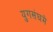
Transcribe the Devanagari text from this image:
युगसंघमे